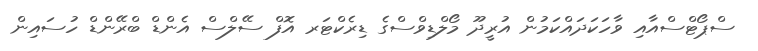
ސްޕޯޓްސްއާއި ވާހަކަދައްކަމުން އުރީދޫ މޯލްޑިވްސްގެ ޑިރެކްޓަރ އޮފް ސޭލްސް އެންޑް ބްރޭންޑް ހުސައިން